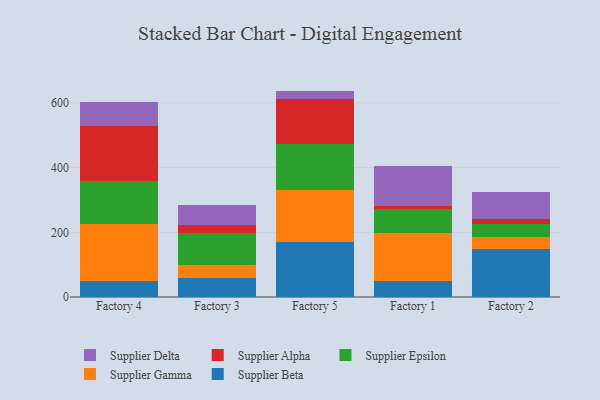
{"axis": {"x": "Factory", "y": "Headcount"}, "legend": ["Supplier Alpha", "Supplier Beta", "Supplier Delta", "Supplier Epsilon", "Supplier Gamma"], "data": [{"x": "Factory 4", "y": 50.3, "type": "Supplier Beta"}, {"x": "Factory 4", "y": 176.4, "type": "Supplier Gamma"}, {"x": "Factory 4", "y": 131.8, "type": "Supplier Epsilon"}, {"x": "Factory 4", "y": 170.4, "type": "Supplier Alpha"}, {"x": "Factory 4", "y": 74.1, "type": "Supplier Delta"}, {"x": "Factory 3", "y": 59.1, "type": "Supplier Beta"}, {"x": "Factory 3", "y": 40.4, "type": "Supplier Gamma"}, {"x": "Factory 3", "y": 98.9, "type": "Supplier Epsilon"}, {"x": "Factory 3", "y": 23.1, "type": "Supplier Alpha"}, {"x": "Factory 3", "y": 64.3, "type": "Supplier Delta"}, {"x": "Factory 5", "y": 170.4, "type": "Supplier Beta"}, {"x": "Factory 5", "y": 161.2, "type": "Supplier Gamma"}, {"x": "Factory 5", "y": 142.0, "type": "Supplier Epsilon"}, {"x": "Factory 5", "y": 137.8, "type": "Supplier Alpha"}, {"x": "Factory 5", "y": 25.8, "type": "Supplier Delta"}, {"x": "Factory 1", "y": 48.5, "type": "Supplier Beta"}, {"x": "Factory 1", "y": 148.8, "type": "Supplier Gamma"}, {"x": "Factory 1", "y": 74.0, "type": "Supplier Epsilon"}, {"x": "Factory 1", "y": 10.0, "type": "Supplier Alpha"}, {"x": "Factory 1", "y": 123.9, "type": "Supplier Delta"}, {"x": "Factory 2", "y": 147.2, "type": "Supplier Beta"}, {"x": "Factory 2", "y": 39.4, "type": "Supplier Gamma"}, {"x": "Factory 2", "y": 39.5, "type": "Supplier Epsilon"}, {"x": "Factory 2", "y": 16.5, "type": "Supplier Alpha"}, {"x": "Factory 2", "y": 82.7, "type": "Supplier Delta"}]}